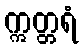
ဣတ္တရံ